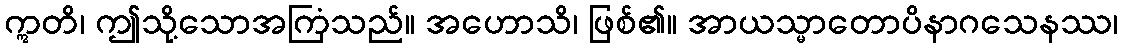
ဣတိ၊ ဤသို့သောအကြံသည်။ အဟောသိ၊ ဖြစ်၏။ အာယသ္မာတောပိနာဂသေနဿ၊